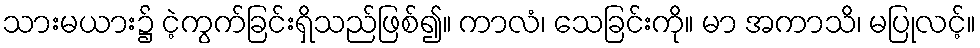
သားမယား၌ ငဲ့ကွက်ခြင်းရှိသည်ဖြစ်၍။ ကာလံ၊ သေခြင်းကို။ မာ အကာသိ၊ မပြုလင့်။